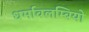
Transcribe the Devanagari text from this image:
धर्मावलम्बियो